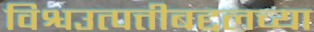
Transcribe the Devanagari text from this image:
विश्वउत्पत्तीबद्दलच्या